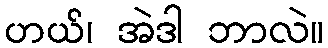
ဟယ်၊ အဲဒါ ဘာလဲ။